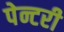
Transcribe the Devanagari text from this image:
पेन्टरी